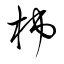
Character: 柹